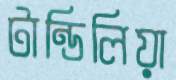
টান্ডিলিয়া